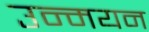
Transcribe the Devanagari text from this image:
उन्मयन